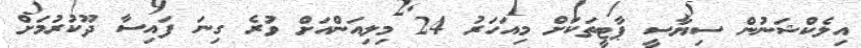
އިލެކްޝަނުން ސިޔާސީ ޕާޓީތަކަށް މިއަހަރު 24 މިލިއަންއަށް ވުރެ ގިނަ ފައިސާ ދޫކުރުމަށް